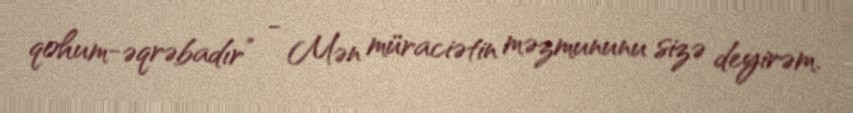
qohum-əqrəbadır” - Mən müraciətin məzmununu sizə deyirəm.